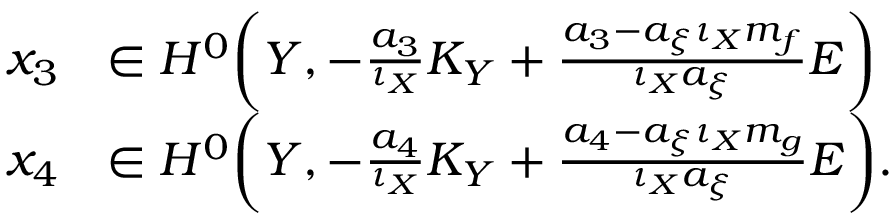
\begin{array} { r l } { x _ { 3 } } & { \in H ^ { 0 } \bigg ( Y , - \frac { a _ { 3 } } { \iota _ { X } } K _ { Y } + \frac { a _ { 3 } - a _ { \xi } \iota _ { X } m _ { f } } { \iota _ { X } a _ { \xi } } E \bigg ) } \\ { x _ { 4 } } & { \in H ^ { 0 } \bigg ( Y , - \frac { a _ { 4 } } { \iota _ { X } } K _ { Y } + \frac { a _ { 4 } - a _ { \xi } \iota _ { X } m _ { g } } { \iota _ { X } a _ { \xi } } E \bigg ) . } \end{array}